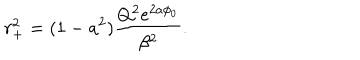
LaTeX: r _ { + } ^ { 2 } = ( 1 - a ^ { 2 } ) \frac { Q ^ { 2 } e ^ { 2 a \phi _ { 0 } } } { \beta ^ { 2 } } .